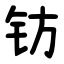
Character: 钫